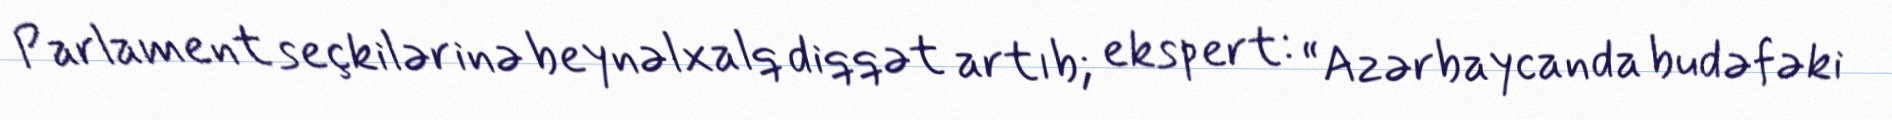
Parlament seçkilərinə beynəlxalq diqqət artıb; ekspert: “Azərbaycanda budəfəki